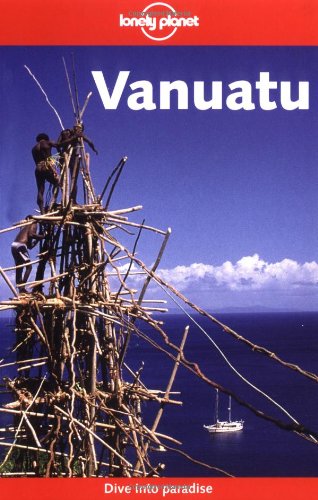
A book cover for Lonely Planet Vanuatu (Lonely Planet Vanuatu & New Caledonia); Michelle Bennett; Travel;